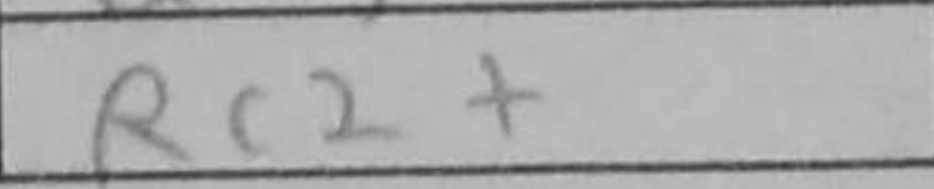
Transcription: Rc2+